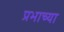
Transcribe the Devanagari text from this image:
प्रभाच्या